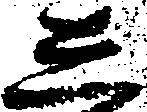
し